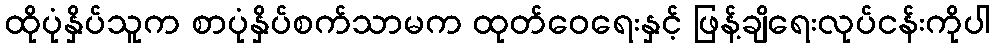
ထိုပုံနှိပ်သူက စာပုံနှိပ်စက်သာမက ထုတ်ဝေရေးနှင့် ဖြန့်ချိရေးလုပ်ငန်းကိုပါ